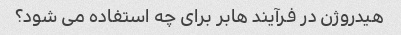
هیدروژن در فرآیند هابر برای چه استفاده می شود؟